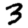
Digit: 3